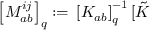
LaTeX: \left[ M _ { a b } ^ { i j } \right] _ { q } : = \, \left[ K _ { a b } \right] _ { q } ^ { - 1 } [ \tilde { K }